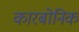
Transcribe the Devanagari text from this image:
कारबोनिक